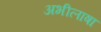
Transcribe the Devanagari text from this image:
अभीलाषा